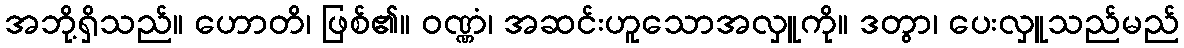
အဘို့ရှိသည်။ ဟောတိ၊ ဖြစ်၏။ ဝဏ္ဏံ၊ အဆင်းဟူသောအလှူကို။ ဒတွာ၊ ပေးလှူသည်မည်